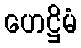
ဟေဋ္ဌိမံ